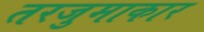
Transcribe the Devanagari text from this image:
तरजुमाकार